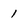
Character: 1